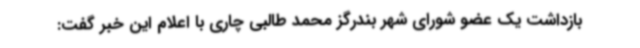
بازداشت یک عضو شورای شهر بندرگز محمد طالبی چاری با اعلام این خبر گفت: